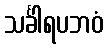
သင်္ခါရပဘဝံ